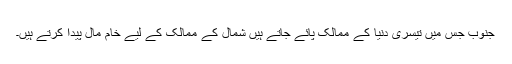
جنوب جس میں تیسری دنیا کے ممالک پائے جاتے ہیں شمال کے ممالک کے لیے خام مال پیدا کرتے ہیں۔